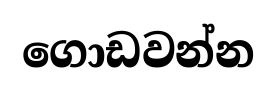
ගොඩවන්න